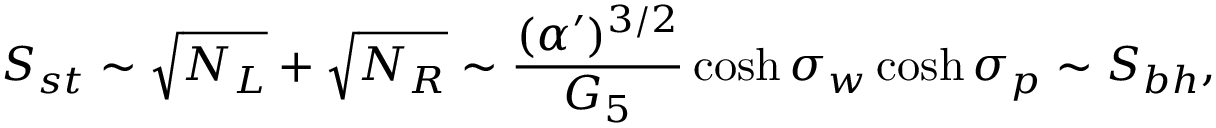
S _ { s t } \sim \sqrt { N _ { L } } + \sqrt { N _ { R } } \sim { \frac { ( \alpha ^ { \prime } ) ^ { 3 / 2 } } { G _ { 5 } } } \cosh \sigma _ { w } \cosh \sigma _ { p } \sim S _ { b h } ,